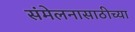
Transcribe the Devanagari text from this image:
संमेलनासाठीच्या